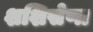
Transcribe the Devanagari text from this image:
शशिसेणा